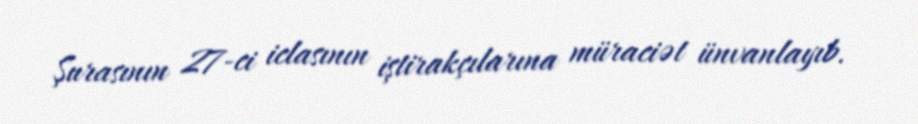
Şurasının 27-ci iclasının iştirakçılarına müraciət ünvanlayıb.